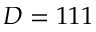
D = 1 1 1